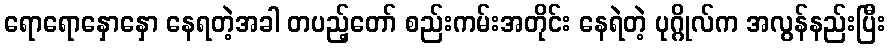
ရောရောနှောနှော နေရတဲ့အခါ တပည့်တော် စည်းကမ်းအတိုင်း နေရဲတဲ့ ပုဂ္ဂိုလ်က အလွန်နည်းပြီး